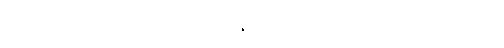
တဒေကဋ္ဌ ပုဒ်အဖွင့်တွင် သဟဇေကဋ္ဌ ပဟာနေကဋ္ဌ ၂-မျိုးကိုခွဲပြခန်း